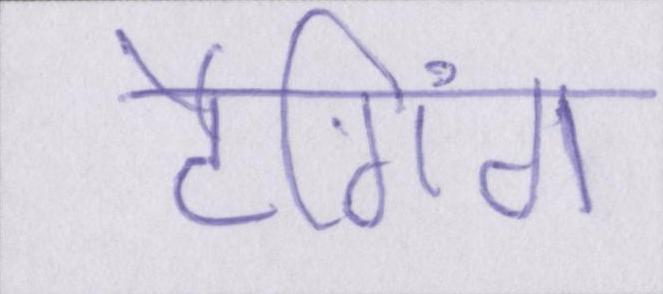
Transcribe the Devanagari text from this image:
टैगिंग